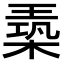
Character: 𪳈